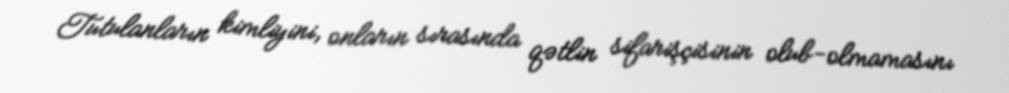
Tutulanların kimliyini, onların sırasında qətlin sifarişçisinin olub-olmamasını